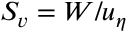
S _ { v } = W / u _ { \eta }